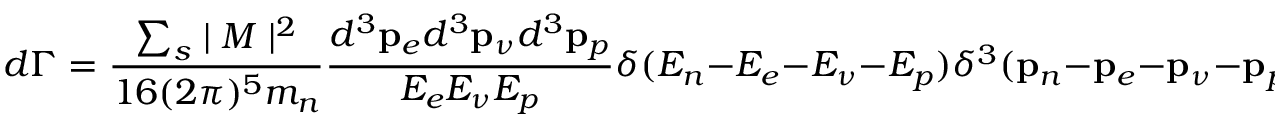
d \Gamma = \frac { \sum _ { s } \mid { \cal M } \mid ^ { 2 } } { 1 6 ( 2 \pi ) ^ { 5 } m _ { n } } \frac { d ^ { 3 } { \bf p } _ { e } d ^ { 3 } { \bf p } _ { \nu } d ^ { 3 } { \bf p } _ { p } } { E _ { e } E _ { \nu } E _ { p } } \delta ( E _ { n } - E _ { e } - E _ { \nu } - E _ { p } ) \delta ^ { 3 } ( { \bf p } _ { n } - { \bf p } _ { e } - { \bf p } _ { \nu } - { \bf p } _ { p } ) ,